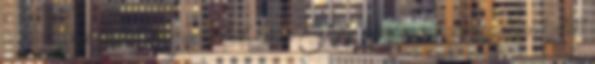
a Garancsi-gépen. Könnyen lehet, hogy Csányi Sándor magánrepülőjén kellett